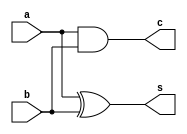
module halfAdder_s(
    input a, b,
    output c, s
    );
    and(c,a,b);
    xor(s,a,b);
endmodule